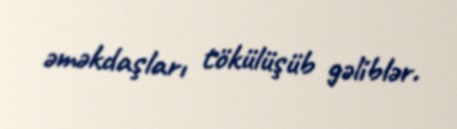
əməkdaşları tökülüşüb gəliblər.